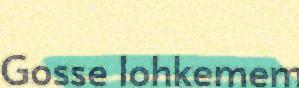
Gosse lohkemem